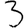
Digit: 3